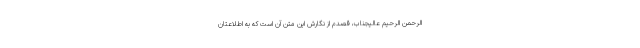
الرحمن الرحیم عالیجناب، قصدم از نگارش این متن آن است که به اطلاعتان